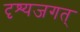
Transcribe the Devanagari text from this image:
दृश्यजगत्